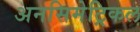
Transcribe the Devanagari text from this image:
अनसिमेट्रिकल